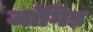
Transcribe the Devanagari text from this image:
जांगिड़